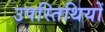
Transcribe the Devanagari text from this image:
उपस्तिथियों